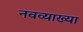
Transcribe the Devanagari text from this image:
नवव्याख्या